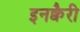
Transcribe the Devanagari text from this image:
इनक्वैरी